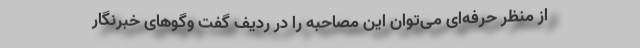
از منظر حرفه‌ای می‌توان این مصاحبه را در ردیف گفت و‌گوهای خبرنگار